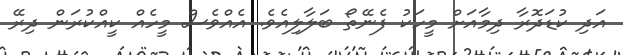
އަދި ކުޑަދޮރާ ދިމާއަށް މީހަކު ފެނޭތޯ ބަލާލިއެވެ. އެއްވެސް މީހެއް ކީއްކުރަން ދިރޭ